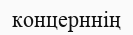
концерннің